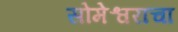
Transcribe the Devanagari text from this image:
सोमेश्वराचा